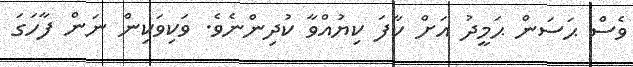
ވެސް ޙަސަން ޙަމީދު އަށް ކާފަ ކިޔުއްވާ ކުދިންނެވެ. ވަކިވަކިން ނަން ފާހަގަ